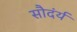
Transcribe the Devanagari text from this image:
सौदंर्य